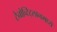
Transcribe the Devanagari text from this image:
टेनोच्टिट्लानमध्ये